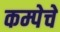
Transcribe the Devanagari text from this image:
कम्पेचे